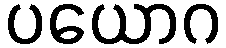
ပယောဂ